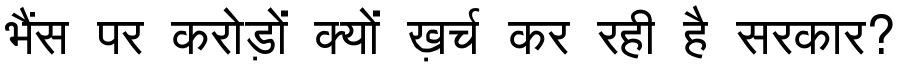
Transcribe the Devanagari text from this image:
भैंस पर करोड़ों क्यों ख़र्च कर रही है सरकार?